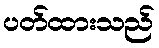
ပတ်ထားသည်